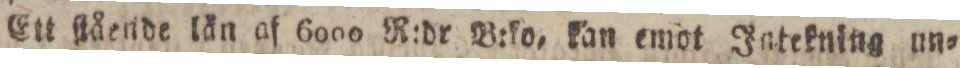
Ett ſtående län af 6000 R:dr B:ko, kan emot Intekning un=